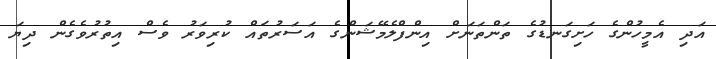
އަދި އެމީހުންގެ ހަށިގަނޑުގެ ތަންތަނަށް އިންފްލެމޭޝަންގެ އަސަރުތައް ކުރިވަރު ވެސް އިތުރުވެގެން ދިޔަ